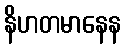
နိဟတမာနေန